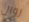
زوال